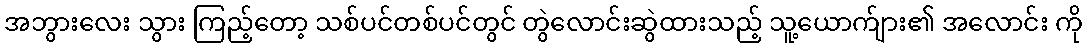
အဘွားလေး သွား ကြည့်တော့ သစ်ပင်တစ်ပင်တွင် တွဲလောင်းဆွဲထားသည့် သူ့ယောက်ျား၏ အလောင်း ကို